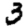
Digit: 3